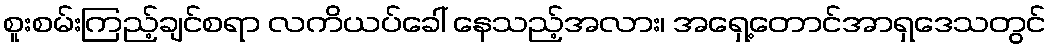
စူးစမ်းကြည့်ချင်စရာ လကိယပ်ခေါ် နေသည့်အလား၊ အရှေ့တောင်အာရှဒေသတွင်